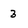
Character: 3